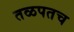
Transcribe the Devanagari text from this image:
तळपतच